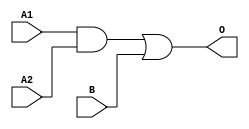
module JDB21A(A1, A2, B, O);
input   A1;
input   A2;
input   B;
output  O;
and g0(w0, A1, A2);
or g1(O, w0, B);
endmodule